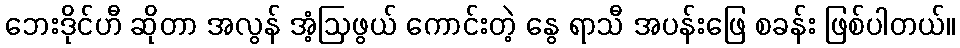
ဘေးဒိုင်ဟီ ဆိုတာ အလွန် အံ့ဩဖွယ် ကောင်းတဲ့ နွေ ရာသီ အပန်းဖြေ စခန်း ဖြစ်ပါတယ်။